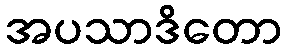
အပသာဒိတော